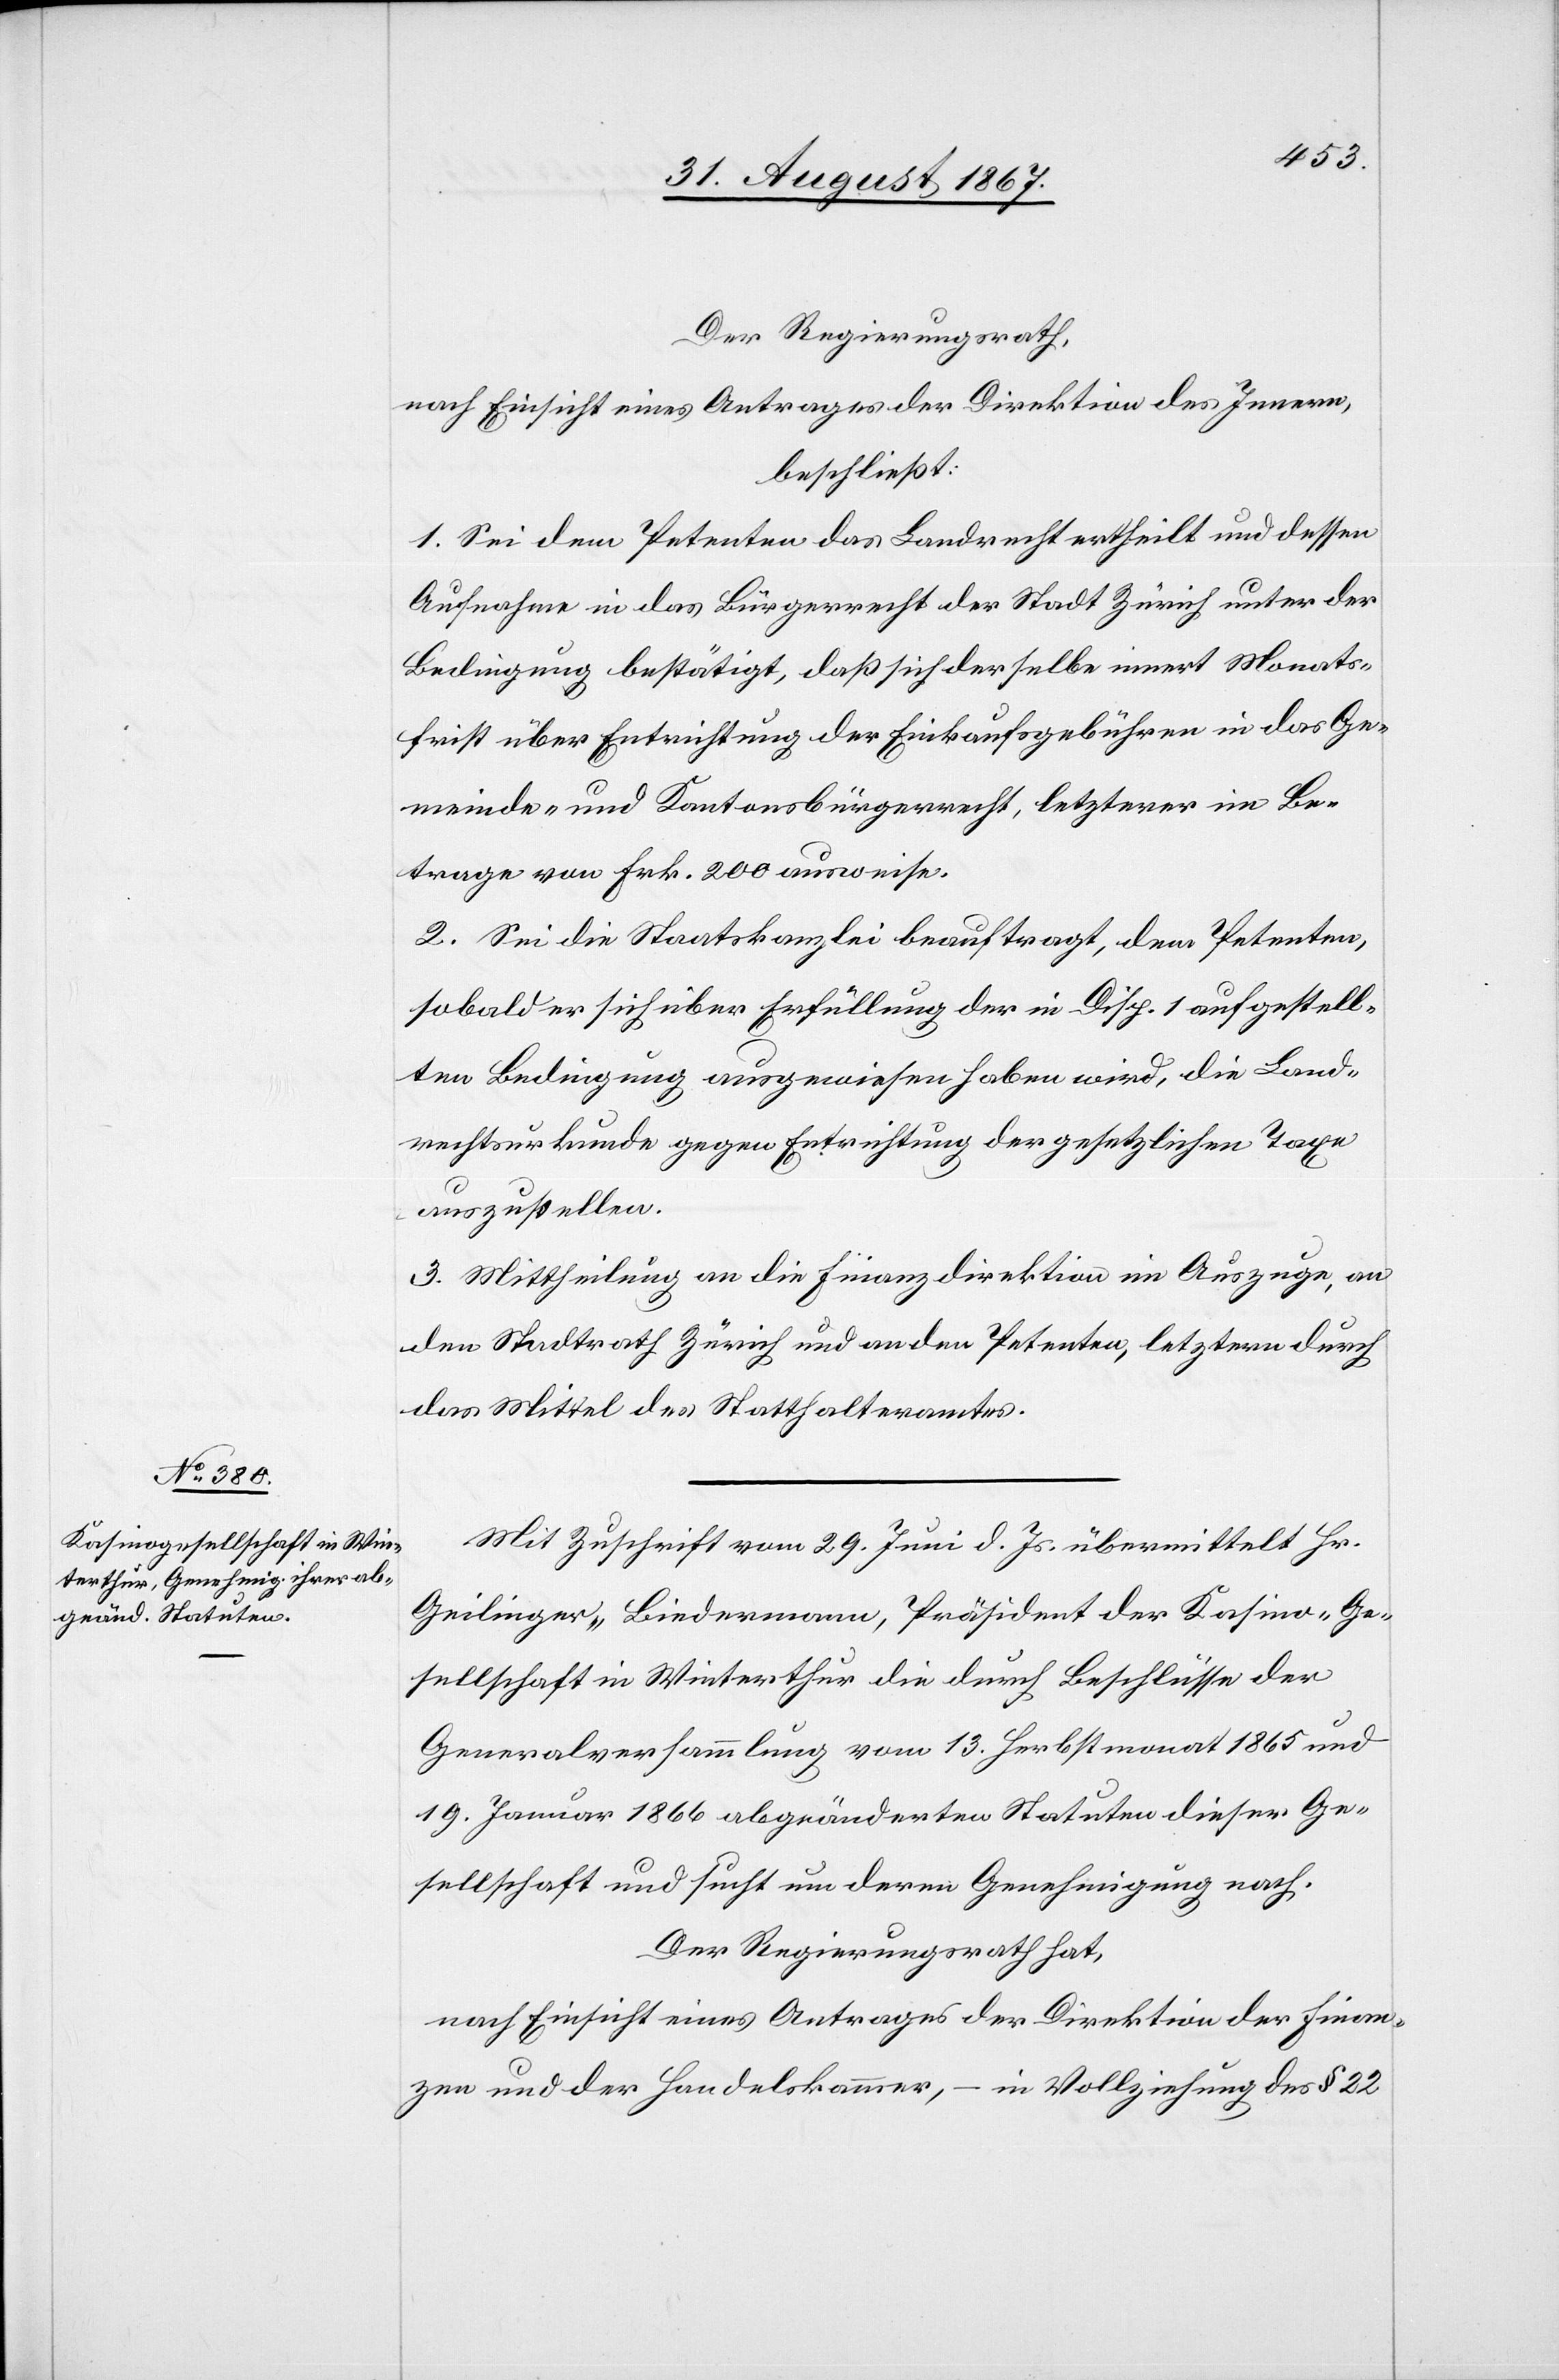
Der Regierungsrath,
nach Einsicht eines Antrages der Direktion des Innern,
beschließt:
1. Sei dem Petenten das Landrecht ertheilt und dessen
Aufnahme in das Bürgerrecht der Stadt Zürich unter der
Bedingung bestätigt, daß sich derselbe innert Monats¬
frist über Entrichtung der Einkaufsgebühren in das Ge¬
meinde- und Kantonsbürgerrecht, letzterer im Be¬
trag von Frk. 200 ausweise.
2. Sei die Staatskanzlei beauftragt, dem Petenten,
sobald er sich über Erfüllung der in Disp. 1 aufgestell¬
ten Bedingungen ausgewiesen haben wird, die Land¬
rechtsurkunde gegen Entrichtung der gesetzlichen Taxe
auszustellen.
3. Mittheilung an die Finanzdirektion im Auszuge, an
den Stadtrath Zürich und an den Petenten, letztern durch
das Mittel des Statthalteramtes.
Mit Zuschrift vom 29. Juni d. Js übermittelt Hr.
Geilinger, Biedermann, Präsident der Kasino-Ge¬
sellschaft in Winterthur die durch Beschlüsse der
Generalversammlung vom 13. Herbstmonat 1865 und
19. Januar 1866 abgeänderten Statuten dieser Ge¬
sellschaft und sucht um deren Genehmigung nach.
Der Regierungsrath hat,
nach Einsicht eines Antrages der Direktion der Finan¬
zen und der Handelskammer, – in Vollziehung des § 22